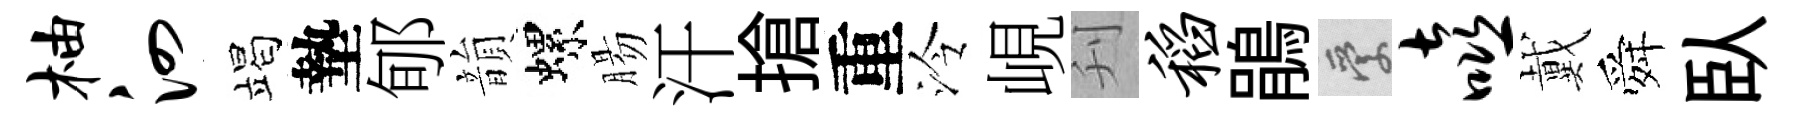
柚泗竭墊郇韻螺腸汗搶重泠峴刋稻鵑愛嘻戴舜臥